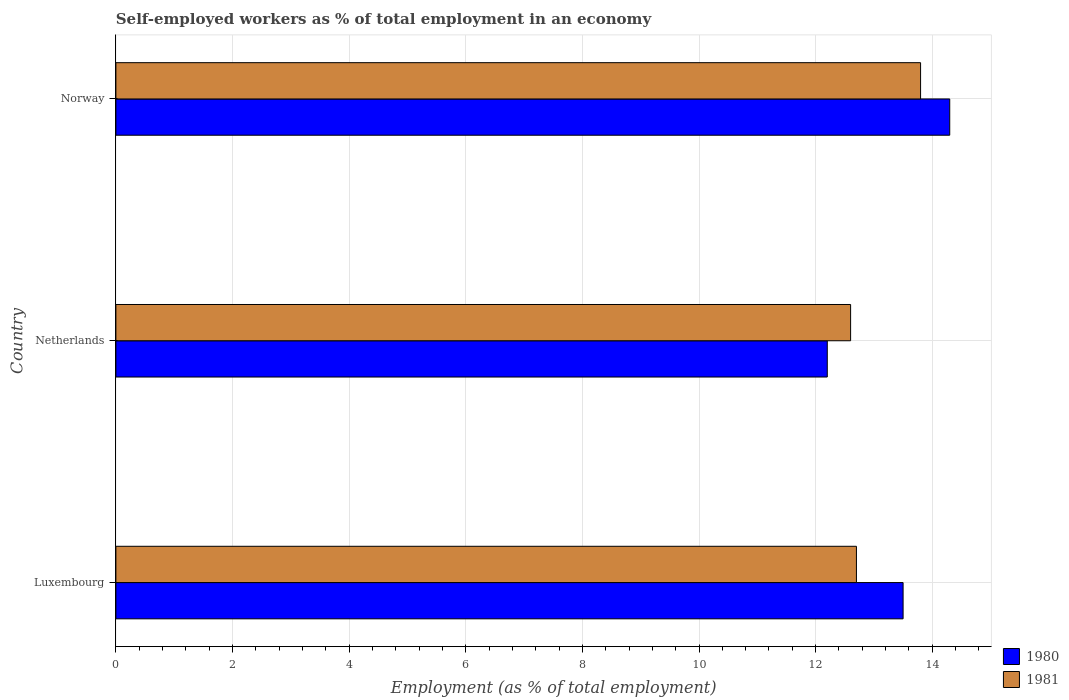
| Country | 1980 | 1981 |
 | --- | --- | --- |
 | Luxembourg | 13.5 | 12.7 |
 | Netherlands | 12.2 | 12.6 |
 | Norway | 14.3 | 13.8 |